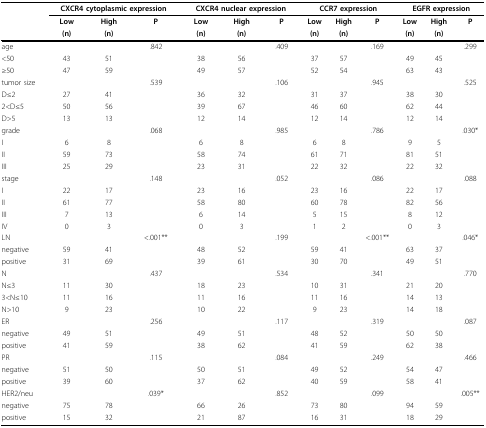
<table><thead><tr><td></td><td colspan="3"><b>CXCR4 cytoplasmic expression</b></td><td colspan="3"><b>CXCR4 nuclear expression</b></td><td colspan="3"><b>CCR7 expression</b></td><td colspan="3"><b>EGFR expression</b></td></tr><tr><td></td><td><b>Low</b></td><td><b>High</b></td><td><b>P</b></td><td><b>Low</b></td><td><b>High</b></td><td><b>P</b></td><td><b>Low</b></td><td><b>High</b></td><td><b>P</b></td><td><b>Low</b></td><td><b>High</b></td><td><b>P</b></td></tr><tr><td></td><td><b>(n)</b></td><td><b>(n)</b></td><td></td><td><b>(n)</b></td><td><b>(n)</b></td><td></td><td><b>(n)</b></td><td><b>(n)</b></td><td></td><td><b>(n)</b></td><td><b>(n)</b></td><td></td></tr></thead><tbody><tr><td>age</td><td></td><td></td><td>.842</td><td></td><td></td><td>.409</td><td></td><td></td><td>.169</td><td></td><td></td><td>.299</td></tr><tr><td>&lt;50</td><td>43</td><td>51</td><td></td><td>38</td><td>56</td><td></td><td>37</td><td>57</td><td></td><td>49</td><td>45</td><td></td></tr><tr><td>≥50</td><td>47</td><td>59</td><td></td><td>49</td><td>57</td><td></td><td>52</td><td>54</td><td></td><td>63</td><td>43</td><td></td></tr><tr><td>tumor size</td><td></td><td></td><td>.539</td><td></td><td></td><td>.106</td><td></td><td></td><td>.945</td><td></td><td></td><td>.525</td></tr><tr><td>D≤2</td><td>27</td><td>41</td><td></td><td>36</td><td>32</td><td></td><td>31</td><td>37</td><td></td><td>38</td><td>30</td><td></td></tr><tr><td>2&lt;D≤5</td><td>50</td><td>56</td><td></td><td>39</td><td>67</td><td></td><td>46</td><td>60</td><td></td><td>62</td><td>44</td><td></td></tr><tr><td>D&gt;5</td><td>13</td><td>13</td><td></td><td>12</td><td>14</td><td></td><td>12</td><td>14</td><td></td><td>12</td><td>14</td><td></td></tr><tr><td>grade</td><td></td><td></td><td>.068</td><td></td><td></td><td>.985</td><td></td><td></td><td>.786</td><td></td><td></td><td>.030*</td></tr><tr><td>I</td><td>6</td><td>8</td><td></td><td>6</td><td>8</td><td></td><td>6</td><td>8</td><td></td><td>9</td><td>5</td><td></td></tr><tr><td>II</td><td>59</td><td>73</td><td></td><td>58</td><td>74</td><td></td><td>61</td><td>71</td><td></td><td>81</td><td>51</td><td></td></tr><tr><td>III</td><td>25</td><td>29</td><td></td><td>23</td><td>31</td><td></td><td>22</td><td>32</td><td></td><td>22</td><td>32</td><td></td></tr><tr><td>stage</td><td></td><td></td><td>.148</td><td></td><td></td><td>.052</td><td></td><td></td><td>.086</td><td></td><td></td><td>.088</td></tr><tr><td>I</td><td>22</td><td>17</td><td></td><td>23</td><td>16</td><td></td><td>23</td><td>16</td><td></td><td>22</td><td>17</td><td></td></tr><tr><td>II</td><td>61</td><td>77</td><td></td><td>58</td><td>80</td><td></td><td>60</td><td>78</td><td></td><td>82</td><td>56</td><td></td></tr><tr><td>III</td><td>7</td><td>13</td><td></td><td>6</td><td>14</td><td></td><td>5</td><td>15</td><td></td><td>8</td><td>12</td><td></td></tr><tr><td>IV</td><td>0</td><td>3</td><td></td><td>0</td><td>3</td><td></td><td>1</td><td>2</td><td></td><td>0</td><td>3</td><td></td></tr><tr><td>LN</td><td></td><td></td><td>&lt;.001**</td><td></td><td></td><td>.199</td><td></td><td></td><td>&lt;.001**</td><td></td><td></td><td>.046*</td></tr><tr><td>negative</td><td>59</td><td>41</td><td></td><td>48</td><td>52</td><td></td><td>59</td><td>41</td><td></td><td>63</td><td>37</td><td></td></tr><tr><td>positive</td><td>31</td><td>69</td><td></td><td>39</td><td>61</td><td></td><td>30</td><td>70</td><td></td><td>49</td><td>51</td><td></td></tr><tr><td>N</td><td></td><td></td><td>.437</td><td></td><td></td><td>.534</td><td></td><td></td><td>.341</td><td></td><td></td><td>.770</td></tr><tr><td>N≤3</td><td>11</td><td>30</td><td></td><td>18</td><td>23</td><td></td><td>10</td><td>31</td><td></td><td>21</td><td>20</td><td></td></tr><tr><td>3&lt;N≤10</td><td>11</td><td>16</td><td></td><td>11</td><td>16</td><td></td><td>11</td><td>16</td><td></td><td>14</td><td>13</td><td></td></tr><tr><td>N&gt;10</td><td>9</td><td>23</td><td></td><td>10</td><td>22</td><td></td><td>9</td><td>23</td><td></td><td>14</td><td>18</td><td></td></tr><tr><td>ER</td><td></td><td></td><td>.256</td><td></td><td></td><td>.117</td><td></td><td></td><td>.319</td><td></td><td></td><td>.087</td></tr><tr><td>negative</td><td>49</td><td>51</td><td></td><td>49</td><td>51</td><td></td><td>48</td><td>52</td><td></td><td>50</td><td>50</td><td></td></tr><tr><td>positive</td><td>41</td><td>59</td><td></td><td>38</td><td>62</td><td></td><td>41</td><td>59</td><td></td><td>62</td><td>38</td><td></td></tr><tr><td>PR</td><td></td><td></td><td>.115</td><td></td><td></td><td>.084</td><td></td><td></td><td>.249</td><td></td><td></td><td>.466</td></tr><tr><td>negative</td><td>51</td><td>50</td><td></td><td>50</td><td>51</td><td></td><td>49</td><td>52</td><td></td><td>54</td><td>47</td><td></td></tr><tr><td>positive</td><td>39</td><td>60</td><td></td><td>37</td><td>62</td><td></td><td>40</td><td>59</td><td></td><td>58</td><td>41</td><td></td></tr><tr><td>HER2/neu</td><td></td><td></td><td>.039*</td><td></td><td></td><td>.852</td><td></td><td></td><td>.099</td><td></td><td></td><td>.005**</td></tr><tr><td>negative</td><td>75</td><td>78</td><td></td><td>66</td><td>26</td><td></td><td>73</td><td>80</td><td></td><td>94</td><td>59</td><td></td></tr><tr><td>positive</td><td>15</td><td>32</td><td></td><td>21</td><td>87</td><td></td><td>16</td><td>31</td><td></td><td>18</td><td>29</td><td></td></tr></tbody></table>